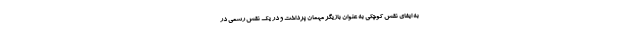
به ایفای نقش کوچکی به عنوان بازیگر مهمان پرداخت و در یک نقش رسمی در